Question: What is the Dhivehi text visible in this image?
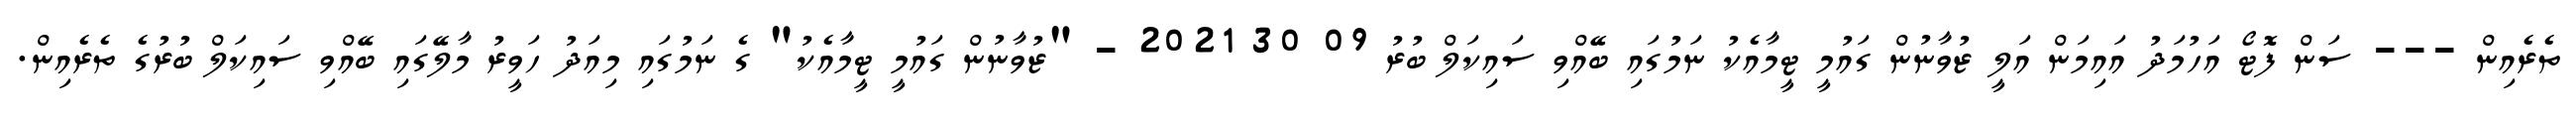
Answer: ތެރެއިން --- ސަން ފޮޓޯ އަހުމަދު އައިމަން އަލީ ޒުވާނުން ގައުމީ ޓީމާއެކު ނަމުގައި ބޭއްވި ސައިކަލް ބުރު 09 30 2021 - "ޒުވާނުން ގައުމީ ޓީމާއެކު" ގެ ނަމުގައި މިއަދު ހަވީރު މާލޭގައި ބޭއްވި ސައިކަލް ބުރުގެ ތެރެއިން.